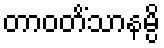
တာဝတိံသာနမ္ပိ